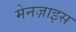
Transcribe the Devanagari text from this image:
मेनज़ाइस